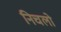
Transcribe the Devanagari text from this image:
निचलो